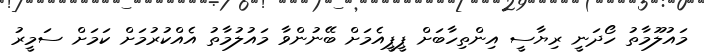
މައުލޫމާތު ހޯދަނީ ރިޔާސީ އިންތިހާބަށް ޕީޕީއެމަށް ބޭނުންވާ މައުލުމާތު އެއްކުރުމަށް ކަމަށް ސަމީރު